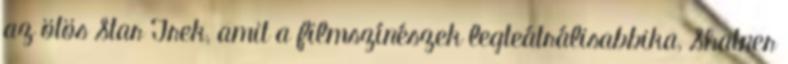
az ötös Star Trek, amit a filmszínészek legteátrálisabbika, Shatner